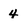
Character: 4